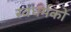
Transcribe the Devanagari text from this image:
स्‍वधर्मको